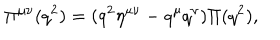
\Pi ^ { \mu \nu } ( q ^ { 2 } ) = ( q ^ { 2 } \eta ^ { \mu \nu } - q ^ { \mu } q ^ { \nu } ) \Pi ( q ^ { 2 } ) ,